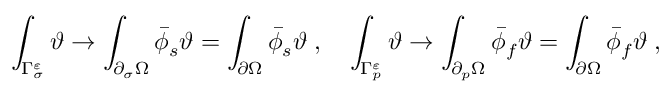
\int _ { \Gamma _ { \sigma } ^ { \varepsilon } } \vartheta \rightarrow \int _ { \partial _ { \sigma } \Omega } \bar { \phi } _ { s } \vartheta = \int _ { \partial \Omega } \bar { \phi } _ { s } \vartheta \; , \quad \int _ { \Gamma _ { p } ^ { \varepsilon } } \vartheta \rightarrow \int _ { \partial _ { p } \Omega } \bar { \phi } _ { f } \vartheta = \int _ { \partial \Omega } \bar { \phi } _ { f } \vartheta \; ,